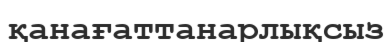
қанағаттанарлықсыз